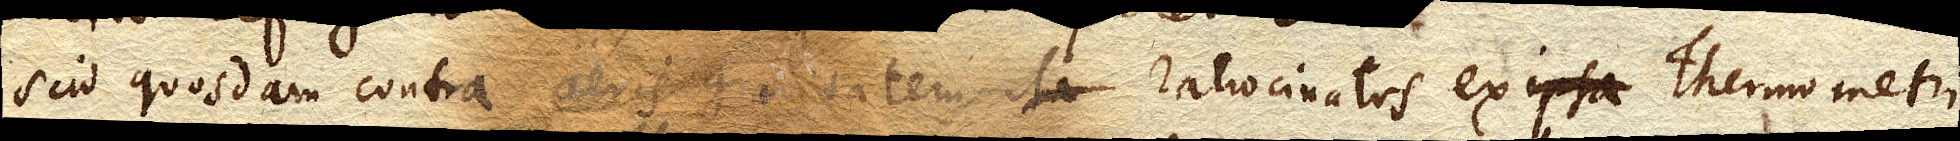
Scio quosdam contra aeris gravitatem ita ratiocinatos ex ipsa Thermometri